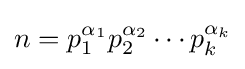
n=p_{1}^{\alpha _{1}}p_{2}^{\alpha _{2}}\cdots p_{k}^{\alpha _{k}}